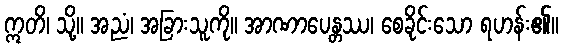
ဣတိ၊ သို့။ အညံ၊ အခြားသူကို။ အာဏာပေန္တဿ၊ စေခိုင်းသော ရဟန်း၏။